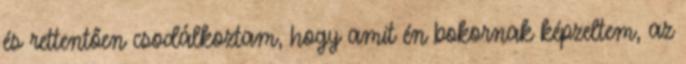
és rettentően csodálkoztam, hogy amit én bokornak képzeltem, az